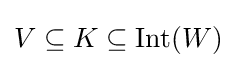
V\subseteq K\subseteq \operatorname {Int} (W)